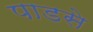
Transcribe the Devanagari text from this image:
पाडसे